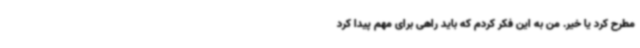
مطرح کرد یا خیر. من به این فکر کردم که باید راهی برای مهم پیدا کرد